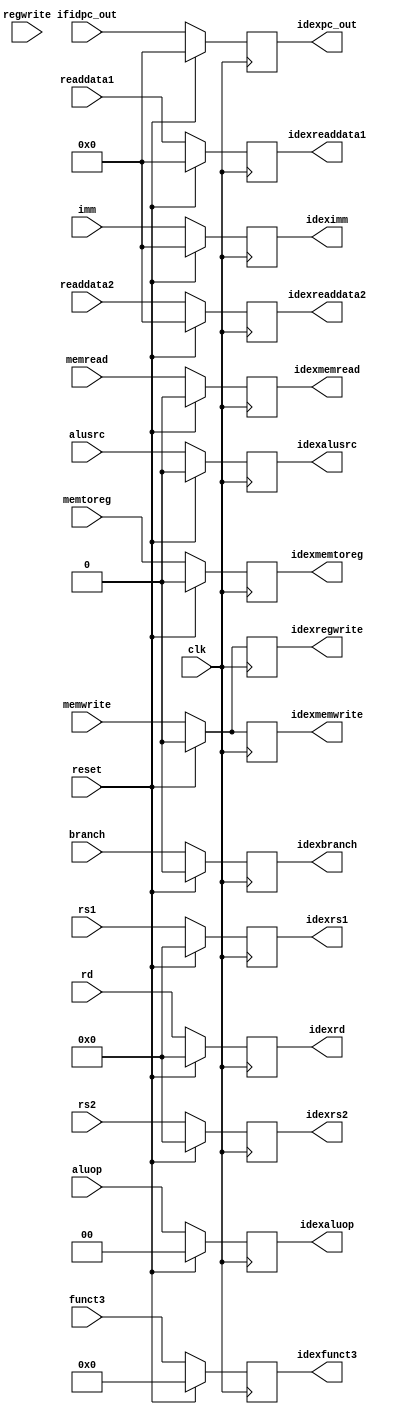
`timescale 1ns / 1ps

module idexreg(
input clk,
input reset,
input  [63:0]ifidpc_out,readdata1,readdata2, imm,
input  [4:0] rs1, rs2, rd,
input  [3:0] funct3,
input  branch, memread, memtoreg, memwrite, regwrite, alusrc,
input  [1:0] aluop,
output reg [63:0]idexpc_out,idexreaddata1,idexreaddata2, ideximm,
output reg [4:0] idexrs1, idexrs2, idexrd,
output reg [3:0] idexfunct3,
output reg idexbranch, idexmemread, idexmemtoreg, idexmemwrite, idexregwrite, idexalusrc,
output reg [1:0] idexaluop
    );
    
always @(posedge clk) begin
    if (reset == 1'b1)begin
        idexpc_out = 0;
        idexreaddata1 = 0;
        idexreaddata2 = 0;
        ideximm = 0;
        idexrs1 = 0;
        idexrs2 = 0;
        idexrd = 0;
        idexfunct3 = 0;
        idexbranch = 0;
        idexmemread = 0;
        idexmemtoreg = 0;
        idexmemwrite = 0;
        idexregwrite = 0;
        idexalusrc = 0;
        idexaluop = 0;
        end
    else begin
        idexpc_out = ifidpc_out;
        idexreaddata1 = readdata1;
        idexreaddata2 = readdata2;
        ideximm = imm;
        idexrs1 = rs1;
        idexrs2 = rs2;
        idexrd = rd;
        idexfunct3 = funct3;
        idexbranch = branch;
        idexmemread = memread;
        idexmemtoreg = memtoreg;
        idexmemwrite = memwrite;
        idexregwrite = memwrite;
        idexalusrc = alusrc;
        idexaluop = aluop;
        end
        
    end
endmodule